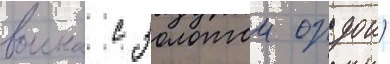
воина с золотои ордои)